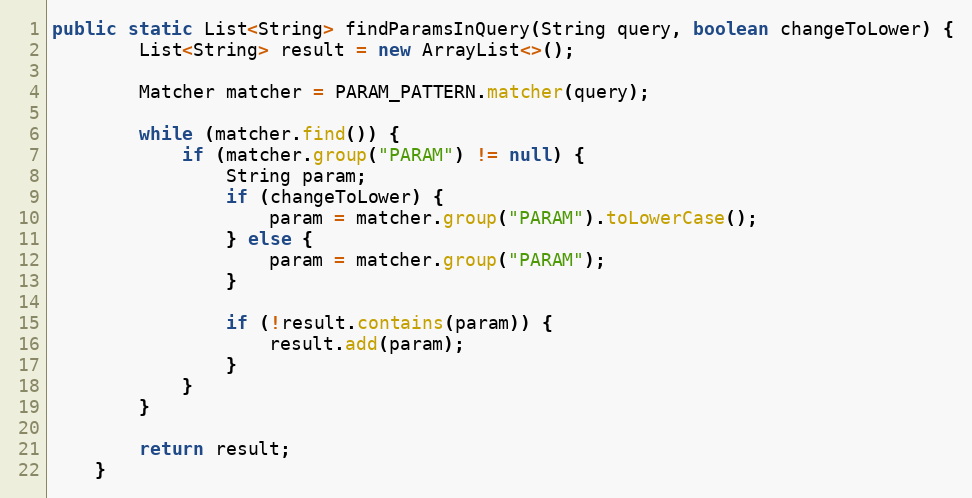
Language: Java
public static List<String> findParamsInQuery(String query, boolean changeToLower) {
		List<String> result = new ArrayList<>();

		Matcher matcher = PARAM_PATTERN.matcher(query);

		while (matcher.find()) {
			if (matcher.group("PARAM") != null) {
				String param;
				if (changeToLower) {
					param = matcher.group("PARAM").toLowerCase();
				} else {
					param = matcher.group("PARAM");
				}

				if (!result.contains(param)) {
					result.add(param);
				}
			}
		}

		return result;
	}